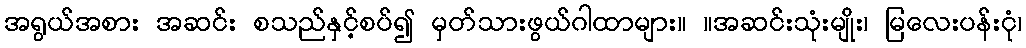
အရွယ်အစား အဆင်း စသည်နှင့်စပ်၍ မှတ်သားဖွယ်ဂါထာများ။ ။အဆင်းသုံးမျိုး၊ မြလေးပန်းငုံ၊